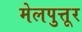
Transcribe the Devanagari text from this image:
मेलपुत्तूर